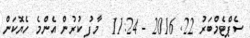
ސެޕްޓެމްބަރު 22